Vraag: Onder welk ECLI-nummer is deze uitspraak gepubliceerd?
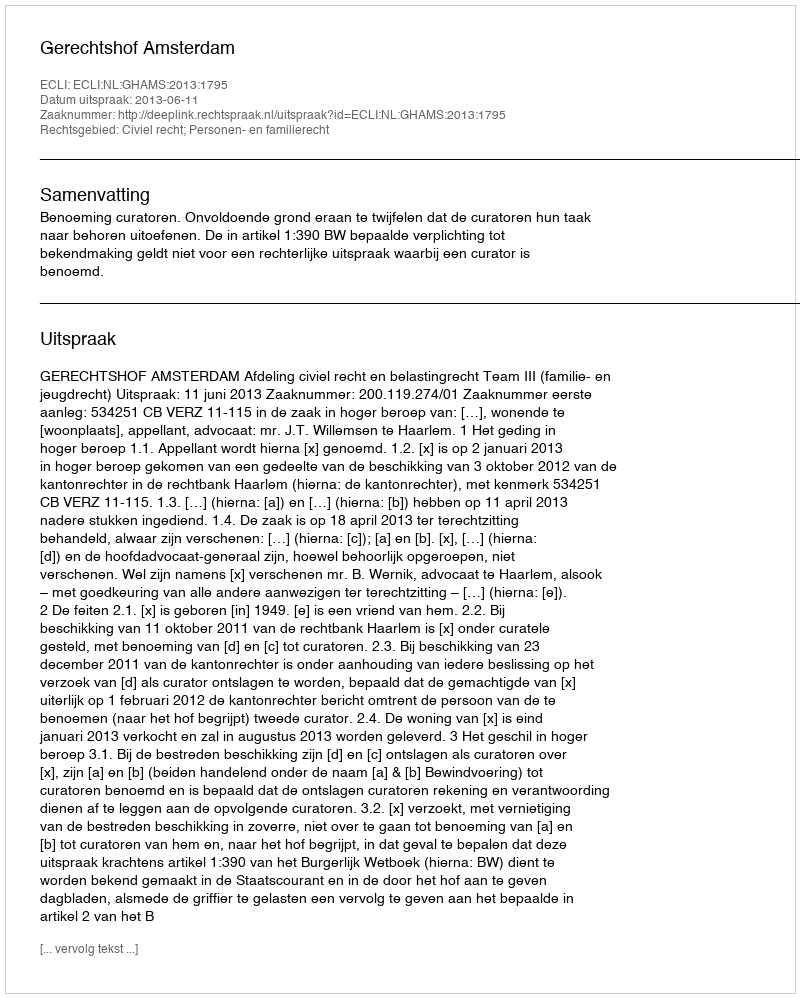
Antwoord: ECLI:NL:GHAMS:2013:1795